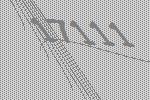
17111